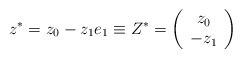
\begin{align*}z^{*}=z_{0}-z_{1}e_{1}\equiv Z^{*}=\left( \begin{array}{c}z_{0} \\ -z_{1}\end{array}\right)\end{align*}